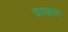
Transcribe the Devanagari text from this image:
प्राकल